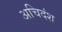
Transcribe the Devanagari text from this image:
अचिदंश